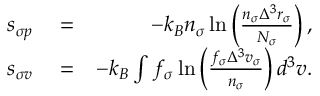
\begin{array} { r l r } { s _ { \sigma p } } & { { } = } & { - k _ { B } n _ { \sigma } \ln \left( \frac { n _ { \sigma } \Delta ^ { 3 } r _ { \sigma } } { N _ { \sigma } } \right) , } \\ { s _ { \sigma v } } & { { } = } & { - k _ { B } \int f _ { \sigma } \ln \left( \frac { f _ { \sigma } \Delta ^ { 3 } v _ { \sigma } } { n _ { \sigma } } \right) d ^ { 3 } v . } \end{array}